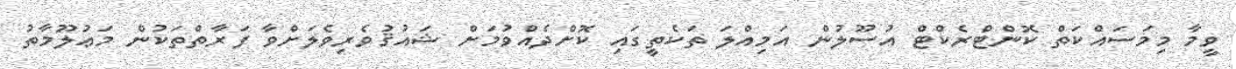
ވީމާ މިމަސައްކަތް ކޮންޓްރެކްޓް އުސޫލުން އަމިއްލަ ތަކެތީގައި ކޮށްދެއްވުމަށް ޝައުޤުވެރިވެލަށްވާ ފަރާތްތަކުން މަޢުލޫމާތު